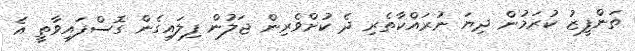
ތަންފީޒު ކުރަމުން ދިޔަ ނުރައްކާތެރި ދެ ކުށްވެރިން ޖަލުން ފިލައިގެން ގޮސްފައިވާތީ އެ